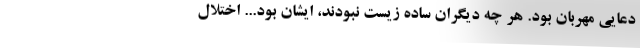
دعایی مهربان بود. هر چه دیگران ساده زیست نبودند، ایشان بود... اختلال